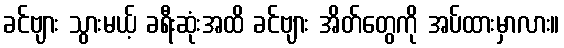
ခင်ဗျား သွားမယ့် ခရီးဆုံးအထိ ခင်ဗျား အိတ်တွေကို အပ်ထားမှာလား။